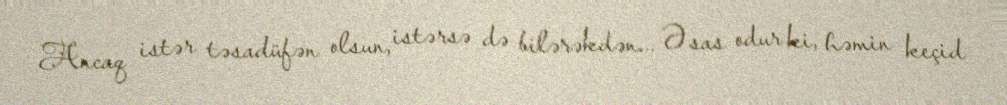
Ancaq istər təsadüfən olsun, istərsə də bilərəkdən... Əsas odur ki, həmin keçid